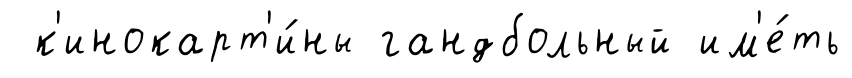
к'инокарт'и́ны гандбольный им'е́ть